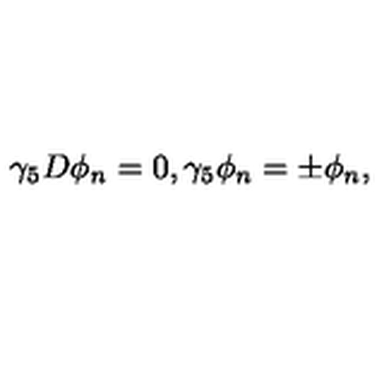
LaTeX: \gamma _ { 5 } D \phi _ { n } = 0 , \gamma _ { 5 } \phi _ { n } = \pm \phi _ { n } ,